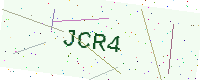
Text: JCR4